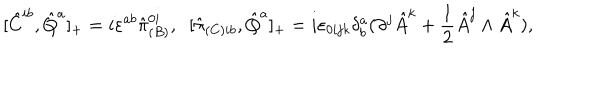
[ \hat { C } ^ { i b } , \hat { Q } ^ { a } ] _ { + } = i \varepsilon ^ { a b } \hat { \pi } _ { ( B ) } ^ { 0 i } , \; \; [ \hat { \pi } _ { ( C ) i b } , \hat { Q } ^ { a } ] _ { + } = i \varepsilon _ { 0 i j k } \delta _ { b } ^ { a } ( \partial ^ { j } \hat { A } ^ { k } + \frac { 1 } { 2 } \hat { A } ^ { j } \wedge \hat { A } ^ { k } ) ,